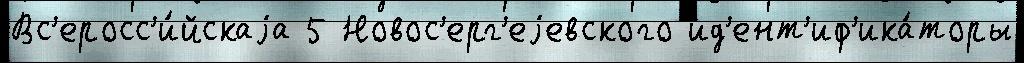
Вс'еросс'и́йскаjа 5 Новос'ерг'еjевского ид'ент'иф'ика́торы